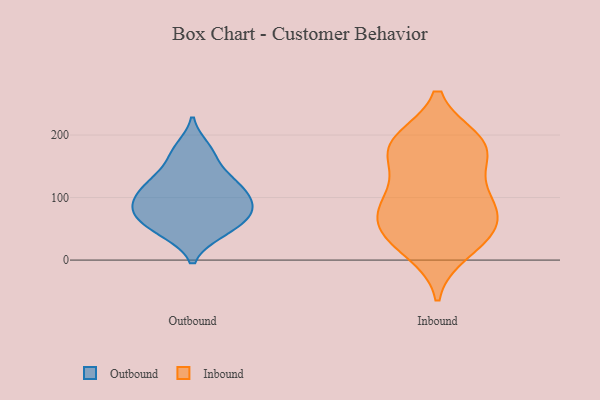
{"axis": {"x": "Humidity (%)", "y": "Value"}, "legend": ["Inbound", "Outbound"], "data": [{"x": "", "y": 71, "type": "Outbound"}, {"x": "", "y": 123, "type": "Outbound"}, {"x": "", "y": 61, "type": "Outbound"}, {"x": "", "y": 136, "type": "Outbound"}, {"x": "", "y": 104, "type": "Outbound"}, {"x": "", "y": 102, "type": "Outbound"}, {"x": "", "y": 122, "type": "Outbound"}, {"x": "", "y": 43, "type": "Outbound"}, {"x": "", "y": 43, "type": "Outbound"}, {"x": "", "y": 180, "type": "Outbound"}, {"x": "", "y": 167, "type": "Outbound"}, {"x": "", "y": 77, "type": "Outbound"}, {"x": "", "y": 79, "type": "Outbound"}, {"x": "", "y": 89, "type": "Outbound"}, {"x": "", "y": 190, "type": "Inbound"}, {"x": "", "y": 185, "type": "Inbound"}, {"x": "", "y": 177, "type": "Inbound"}, {"x": "", "y": 122, "type": "Inbound"}, {"x": "", "y": 175, "type": "Inbound"}, {"x": "", "y": 45, "type": "Inbound"}, {"x": "", "y": 72, "type": "Inbound"}, {"x": "", "y": 98, "type": "Inbound"}, {"x": "", "y": 38, "type": "Inbound"}, {"x": "", "y": 83, "type": "Inbound"}, {"x": "", "y": 84, "type": "Inbound"}, {"x": "", "y": 181, "type": "Inbound"}, {"x": "", "y": 37, "type": "Inbound"}, {"x": "", "y": 15, "type": "Inbound"}]}